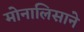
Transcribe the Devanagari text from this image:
मोनालिसाने